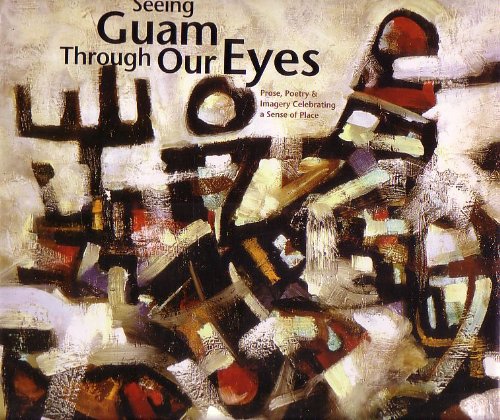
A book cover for Seeing Guam Through Our Eyes: Prose, Poetry & Imagery Celebrating a Sense of Place; Jillette Leon-Guerro; Travel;